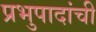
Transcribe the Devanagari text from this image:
प्रभुपादांची